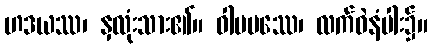
ဟဒယဿ၊ နှလုံးသား၏။ ဝါမပဿေ၊ လက်ဝဲနံပါး၌။